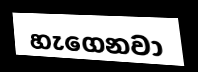
හැගෙනවා